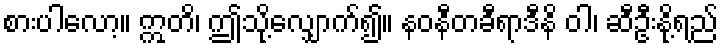
စားပါလော့။ ဣတိ၊ ဤသို့လျှောက်၍။ နဝနီတခီရာဒီနိ ဝါ၊ ဆီဦးနို့ရည်